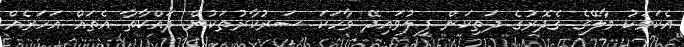
އެކަމަކު މާލޭގެ ގެދޮރުގެ ދަތިކަން ފިލުވައިދޭ ވާހަކަ ސަރުކާރުތަކުން ދައްކާތާ އެތައް އަހަރެއް